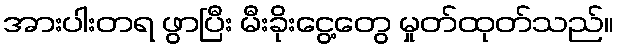
အားပါးတရ ဖွာပြီး မီးခိုးငွေ့တွေ မှုတ်ထုတ်သည်။